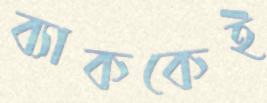
ব্যাককেই